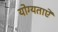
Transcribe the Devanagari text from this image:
योग्यताऐं